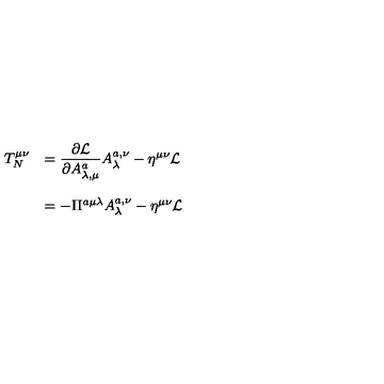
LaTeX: \begin{array} { l l } { T _ { N } ^ { \mu \nu } } & { = \displaystyle { \frac { \partial { \cal L } } { \partial A _ { \lambda , \mu } ^ { a } } A _ { \lambda } ^ { a , \nu } - \eta ^ { \mu \nu } { \cal L } } } \\ { { } } & { { } } \\ { { } } & { = - \Pi ^ { a \mu \lambda } A _ { \lambda } ^ { a , \nu } - \eta ^ { \mu \nu } { \cal L } } \\ \end{array}